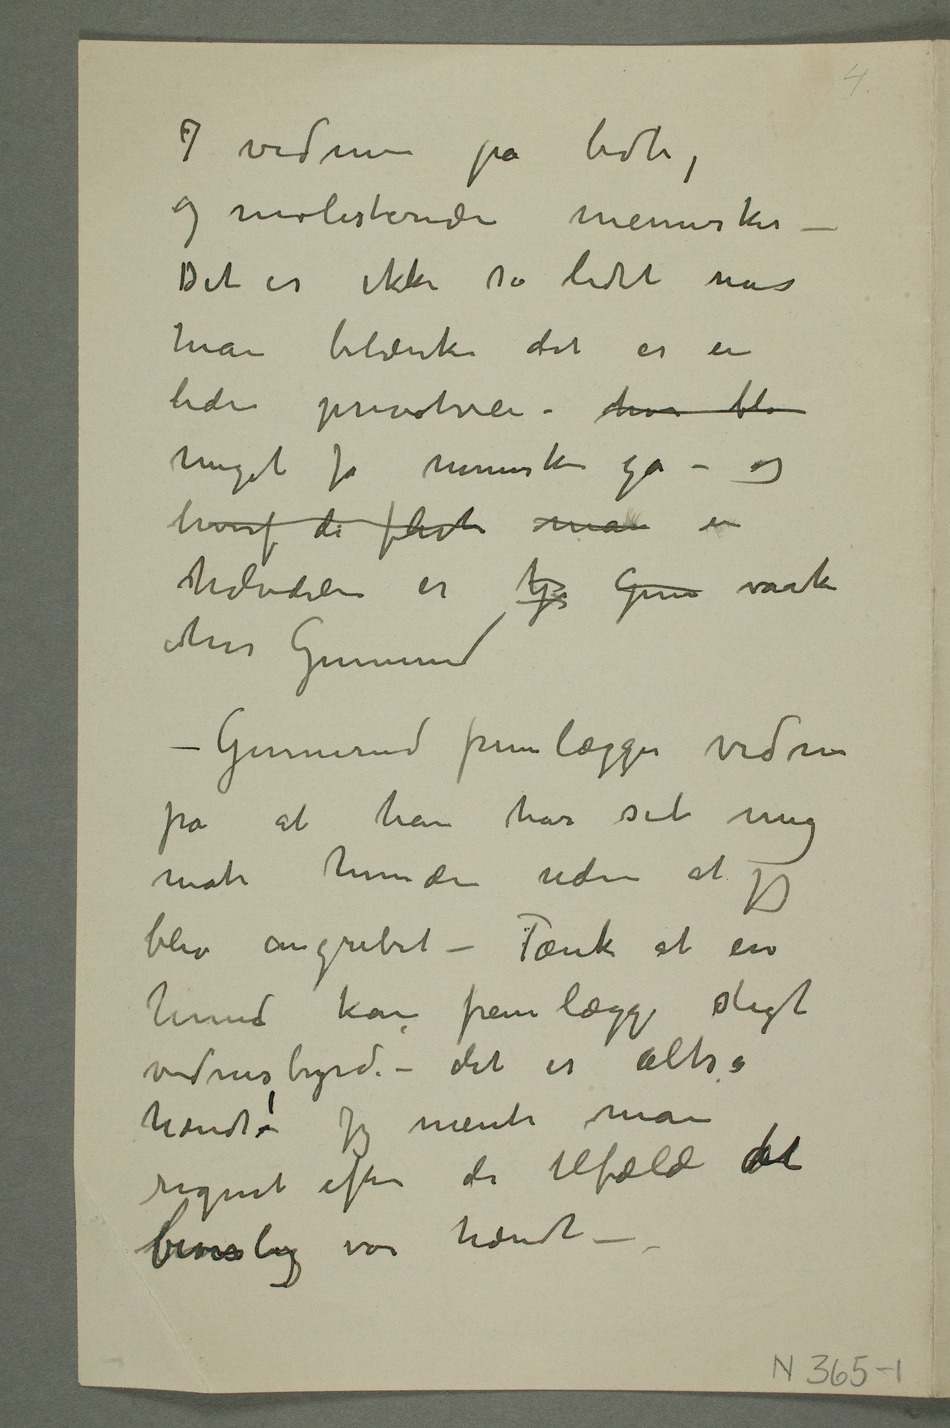
7 vidner på bidte,
og molesterede mennesker
– Det er ikke så lidet når
man betænker det er en
liden privatvei – hvor blo
meget få mennesker gå – og
hvoraf de fleste man en
halvdelen er  Gun raske
hrr Gunnerud –
Gunnerud fremlægger vidne
på at han har set mig
mate hunden uden at jeg
blev angrebet – Tænk at en
hund kan fremlægge sligt
vidnesbyrd – det er altså
hændt–! Jeg mente man
regnet efter de tilfælde det